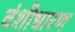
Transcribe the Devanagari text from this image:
वंशीधारण